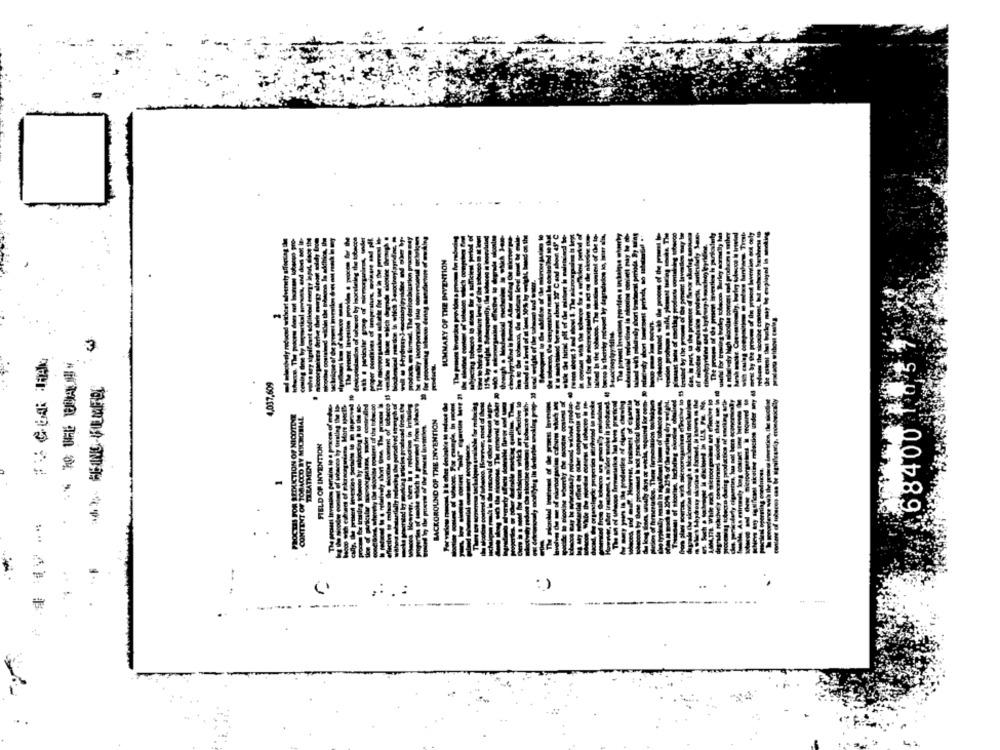
3
4,037,609
illi
Ment of scbecco IS
ng wticles produced from the
CONTENT OF TOBACCO BY MICROBIAL
COROUND OF THE INVENTION
68400
---
FIELD OF INVENTION
TREATMENT
------ "